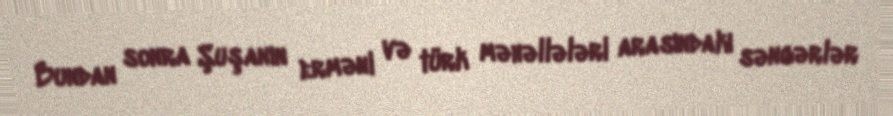
Bundan sonra Şuşanın erməni və türk məhəllələri arasındakı səngərlər